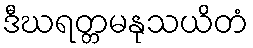
ဒီဃရတ္တမနုသယိတံ